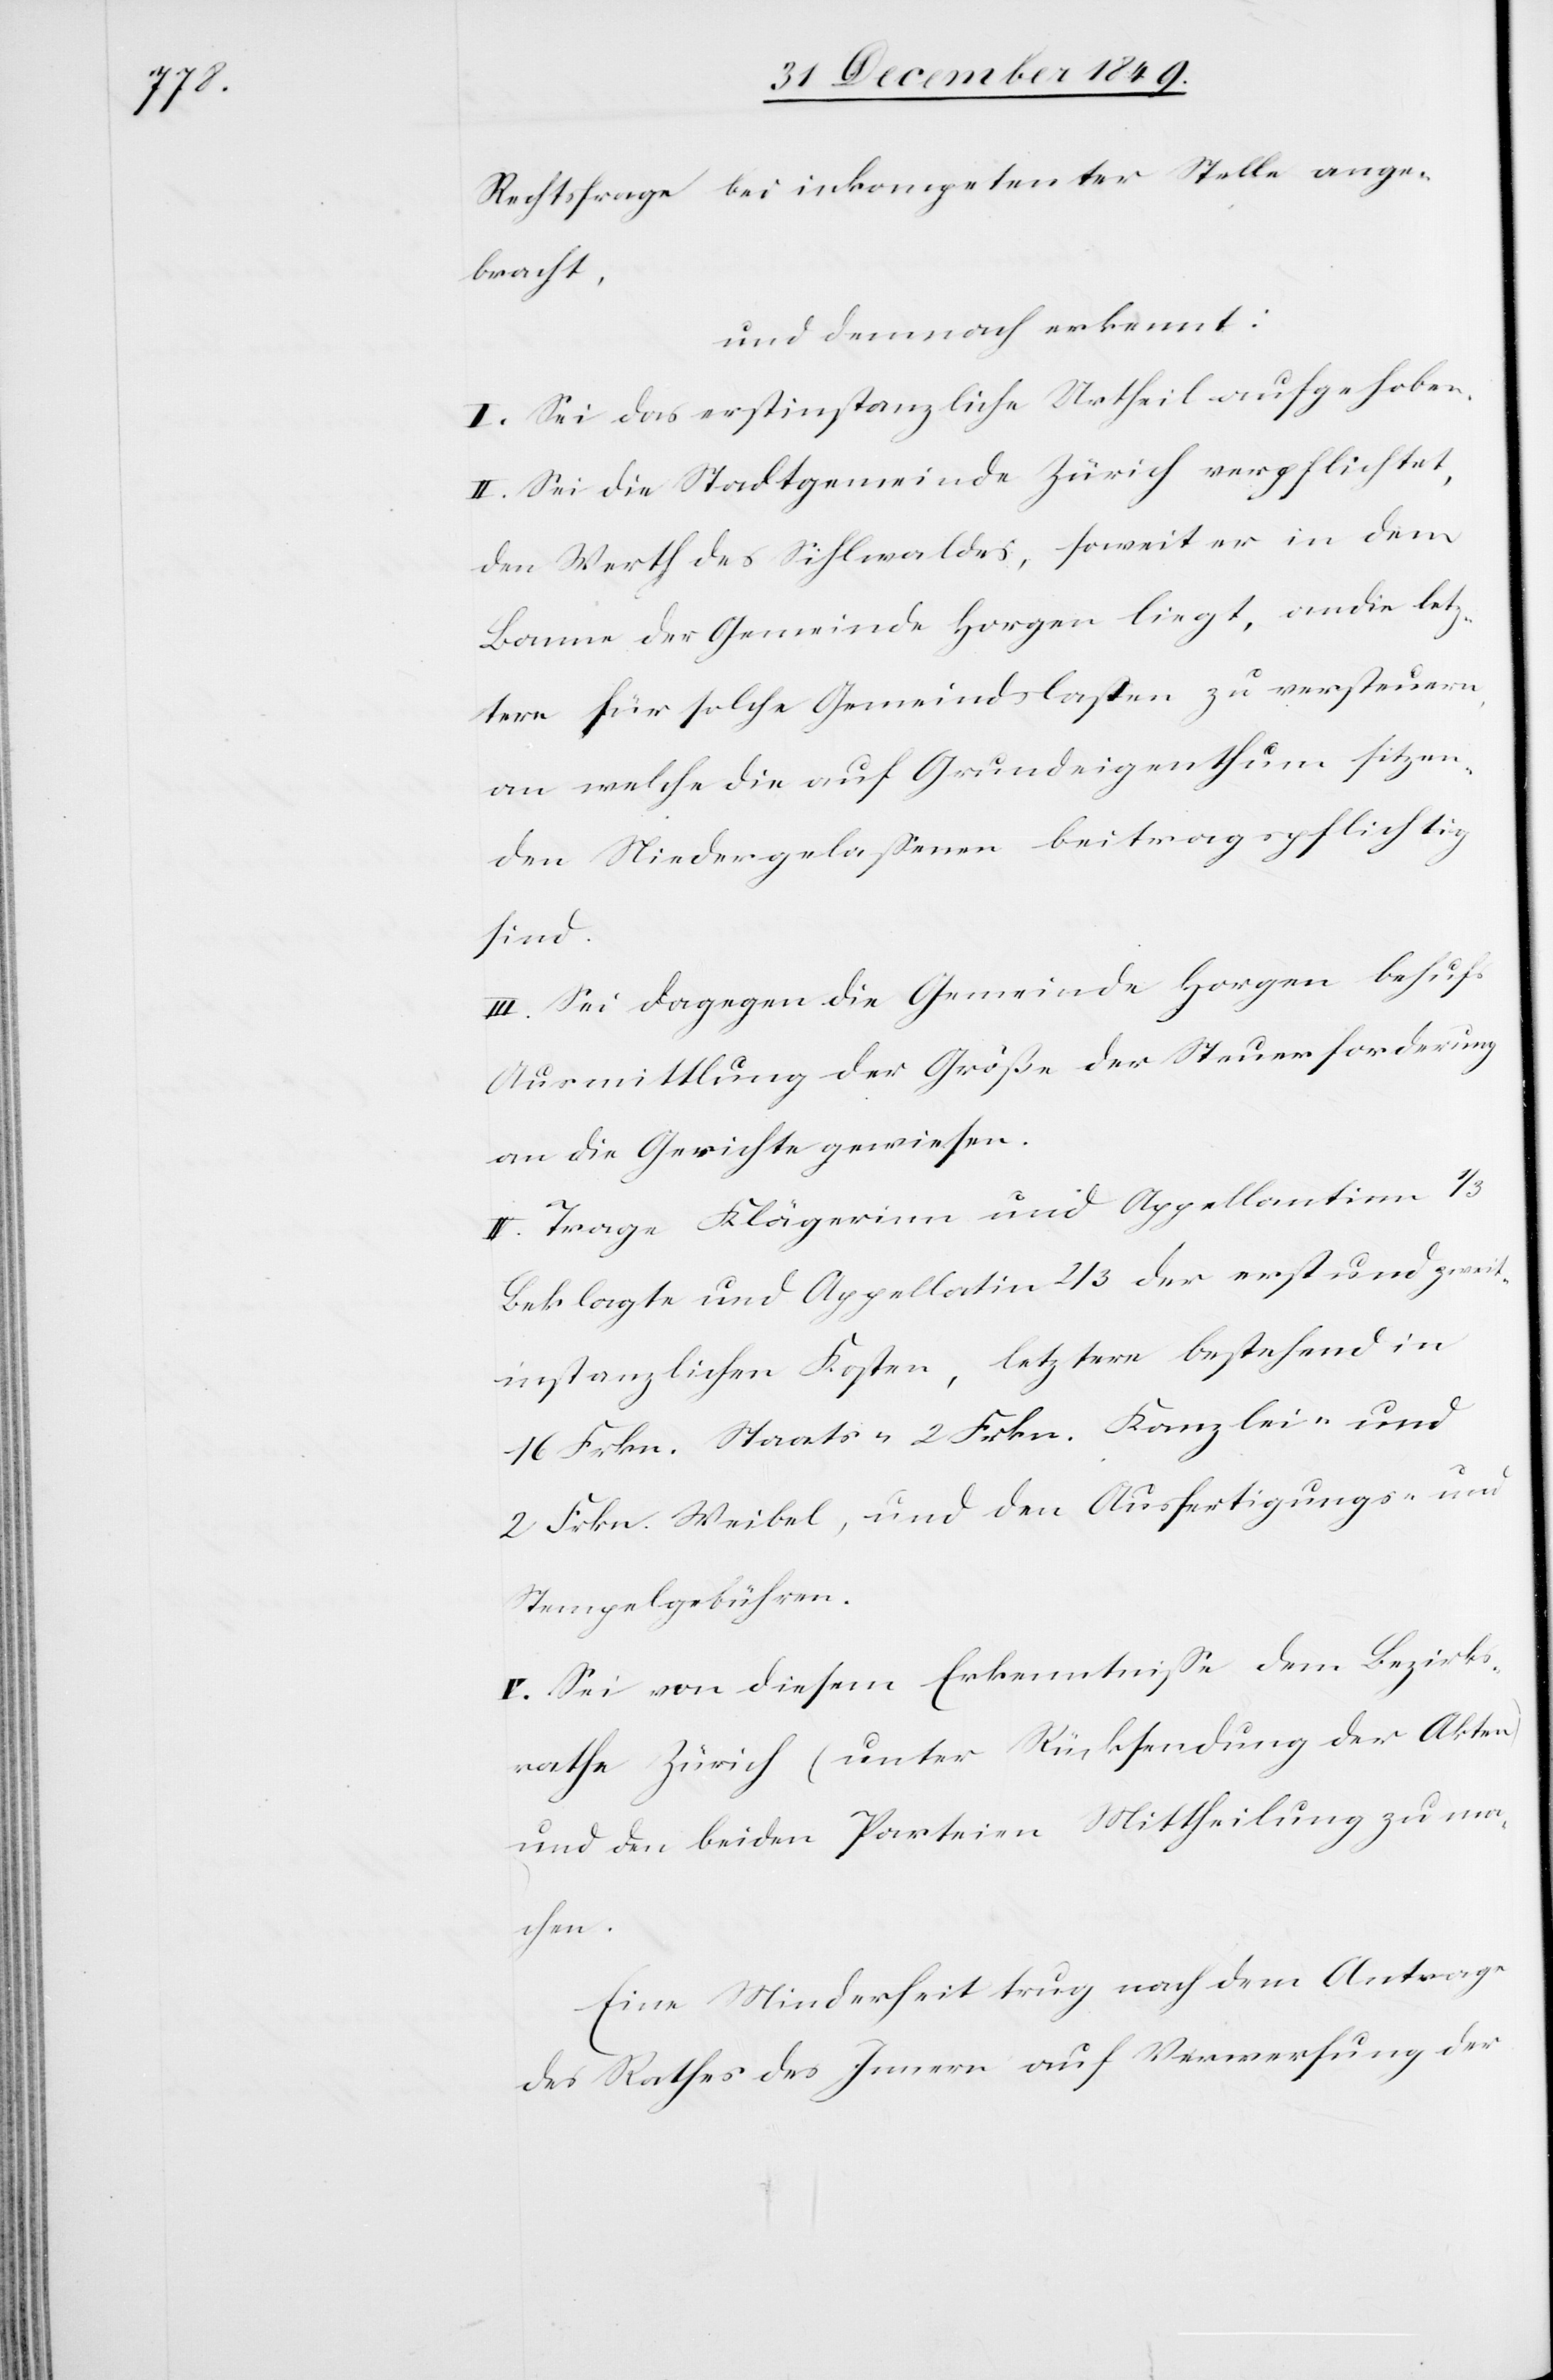
Rechtsfrage bei inkompetenter Stelle ange¬
bracht,
und demnach erkennt:
I. Sei das erstinstanzliche Urtheil aufgehoben.
II. Sei die Stadtgemeinde Zürich verpflichtet,
den Werth des Sihlwaldes, soweit er in dem
Banne der Gemeinde Horgen liegt, an die letz¬
tere für solche Gemeindslasten zu versteuern,
an welche die auf Grundeigenthum sitzen¬
den Niedergelaßenen beitragspflichtig
sind.
III. Sei dagegen die Gemeinde Horgen behufs
Ausmittlung der Größe der Steuerforderung
an die Gerichte gewiesen.
IV. Trage Klägerinn und Appellantinn 1/3
Beklagte und Appellatin 2/3 der erst und zweit¬
instanzlichen Kosten, letztere bestehend in
16 Frkn. Staats- 2 Frkn. Kanzlei und
2 Frkn. Waibel, und den Ausfertigungs- und
Stempelgebühren.
V. Sei von diesem Erkenntniß dem Bezirks¬
rathe Zürich (unter Rücksendung der Akten)
und den beiden Parteien Mittheilung zu ma¬
chen.
Eine Minderheit trug nach dem Antrage
des Rathe des Innern auf Verwerfung der